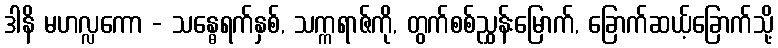
ဒါနိ မဟလ္လကော - သန္ဓေရက်နှစ်, သက္ကရာဇ်ကို, တွက်စစ်ညွှန်းမြောက်, ခြောက်ဆယ့်ခြောက်သို့